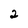
Character: 2